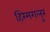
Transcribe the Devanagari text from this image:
हिरेमगलुर